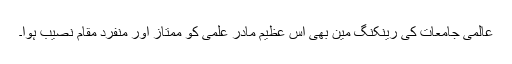
عالمی جامعات کی رینکنگ مین بھی اس عظیم مادر علمی کو ممتاز اور منفرد مقام نصیب ہوا۔